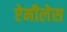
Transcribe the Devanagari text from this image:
ऐमीलेस